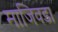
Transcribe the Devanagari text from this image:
माजिवडा